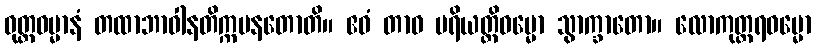
ဝုတ္တဓမ္မာနံ တထာဘာဝါနတိက္ကမနတောတိ။ ဧဝံ တာဝ ပရိယတ္တိဓမ္မော သွာက္ခာတော။ လောကုတ္တရဓမ္မော